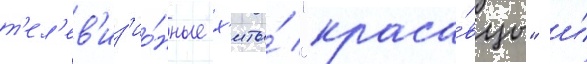
т'ел'ев'из'ио́нные х'иты́ "краса́вцы" и́